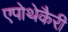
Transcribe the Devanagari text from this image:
एपोथेकैरी